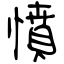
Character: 憤